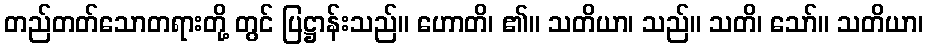
တည်တတ်သောတရားတို့ တွင် ပြဋ္ဌာန်းသည်။ ဟောတိ၊ ၏။ သတိယာ၊ သည်။ သတိ၊ သော်။ သတိယာ၊